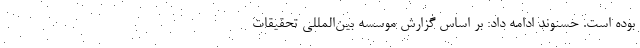
بوده است. حسنوند ادامه داد: بر اساس گزارش موسسه بین‌المللی تحقیقات